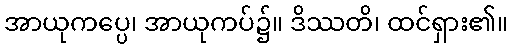
အာယုကပ္ပေ၊ အာယုကပ်၌။ ဒိဿတိ၊ ထင်ရှား၏။